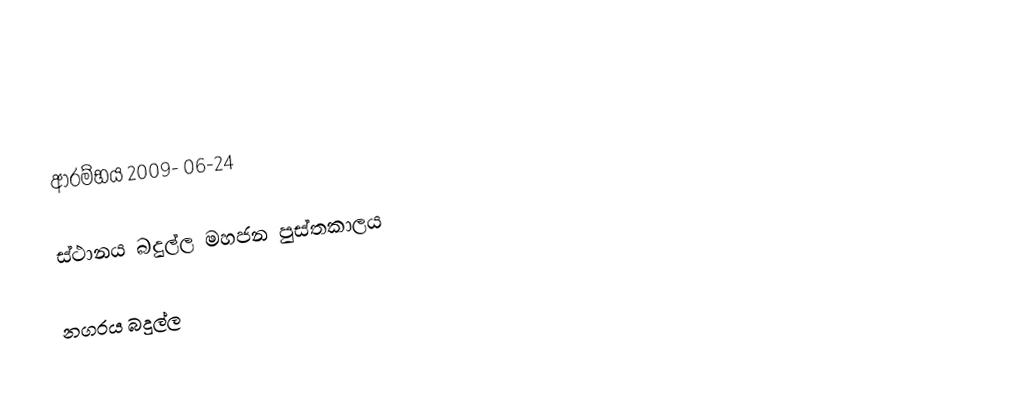
ආරම්භය 2009- 06-24

ස්ථානය බදුල්ල මහජන පුස්තකාලය

 නගරය බදුල්ල